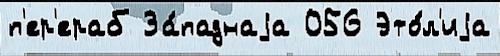
п'ер'ераб За́паднаjа 056 Это́л'иjа